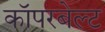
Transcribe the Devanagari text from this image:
कॉपरबेल्ट